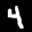
Label: 4